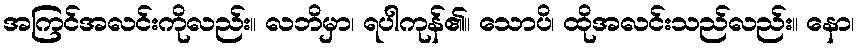
အကြင်အလင်းကိုလည်း။ လဘိမှာ၊ ရပါကုန်၏။ သောပိ၊ ထိုအလင်းသည်လည်း။ နော၊